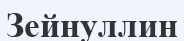
Зейнуллин